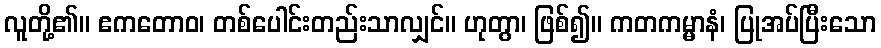
လူတို့၏။ ဧကတောဝ၊ တစ်ပေါင်းတည်းသာလျှင်။ ဟုတွာ၊ ဖြစ်၍။ ကတကမ္မာနံ၊ ပြုအပ်ပြီးသော